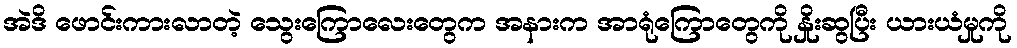
အဲဒိ ဖောင်းကားလာတဲ့ သွေးကြောလေးတွေက အနားက အာရုံကြောတွေကို နှိုးဆွပြီး ယားယံမှုကို